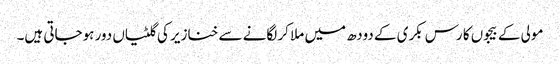
مولی کے بیجوں کا رس بکری کے دودھ میں ملا کر لگانے سے خنازیر کی گلٹیاں دور ہوجاتی ہیں۔